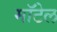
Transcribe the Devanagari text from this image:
मॉटेल